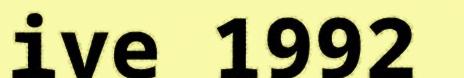
ive 1992